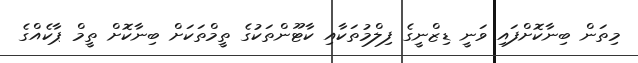
މިތަން ބިނާކޮށްފައި ވަނީ ޑިޒްނީގެ ފިލްމުތަކާއި ކާޓޫންތަކުގެ ތީމްތަކަށް ބިނާކޮށް ތީމް ޕާކެއްގެ